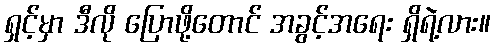
ရှင့်မှာ ဒီလို ပြောဖို့တောင် အခွင့်အရေး ရှိရဲ့လား။